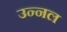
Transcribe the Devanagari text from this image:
उन्नल